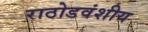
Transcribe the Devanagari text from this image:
राठोडवंशीय